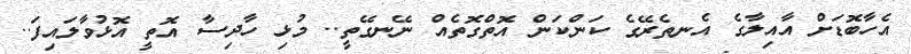
އެހާބޮޑަށް އާއިލާގެ އެނތެރޭގެ ކަންކަން އޮތްގޮތެއް ނޭނގޭތީ.. މުޅި ހާދިސާ އޮތީ އޮޅުވާލައިފަ..